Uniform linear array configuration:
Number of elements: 8
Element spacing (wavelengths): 0.75
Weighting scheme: hann
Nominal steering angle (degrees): -60
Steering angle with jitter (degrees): -61.482
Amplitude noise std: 0.05
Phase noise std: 0.05

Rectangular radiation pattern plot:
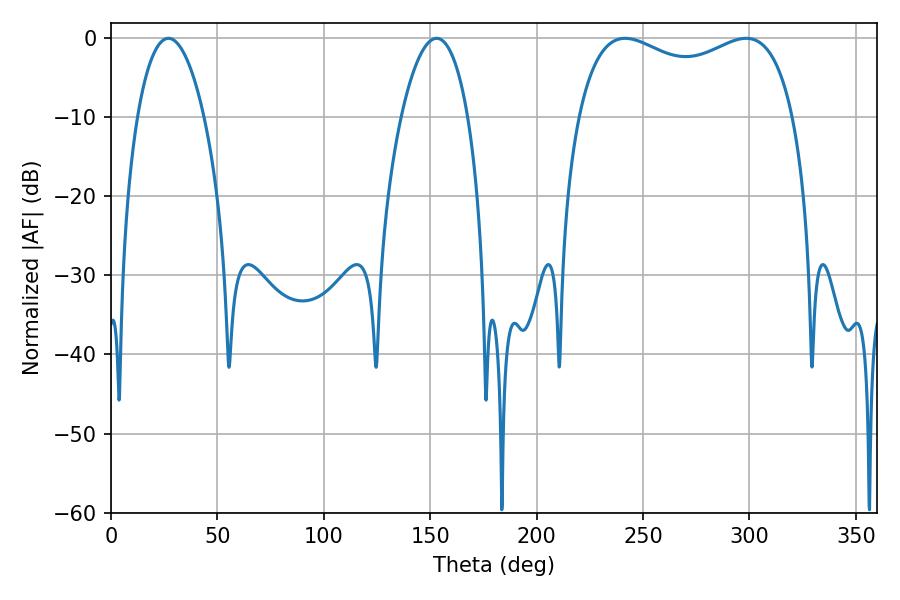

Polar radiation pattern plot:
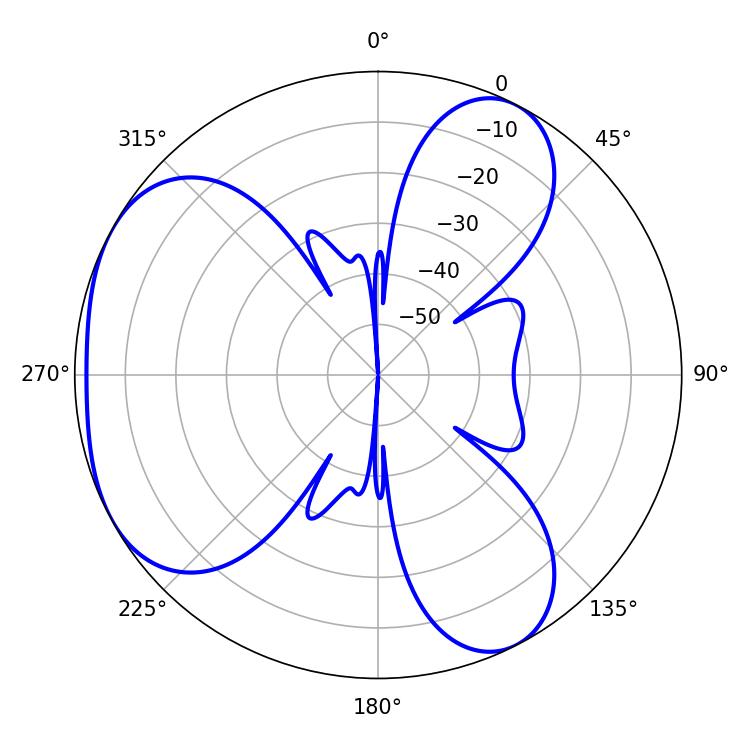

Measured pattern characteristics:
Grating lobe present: TRUE
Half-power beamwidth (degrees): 17.64
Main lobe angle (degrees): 27